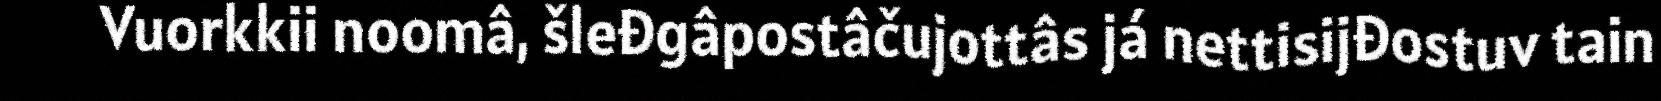
Vuorkkii noomâ, šleđgâpostâčujottâs já nettisijđostuv tain